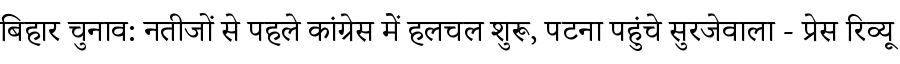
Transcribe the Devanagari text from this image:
बिहार चुनाव: नतीजों से पहले कांग्रेस में हलचल शुरू, पटना पहुंचे सुरजेवाला - प्रेस रिव्यू